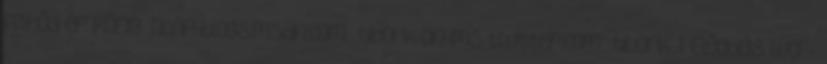
felhőd ér Kőnig Tibor blogs.msdn.com tibork-on-ms twitter.com tibork. 1. Előadás WCF-